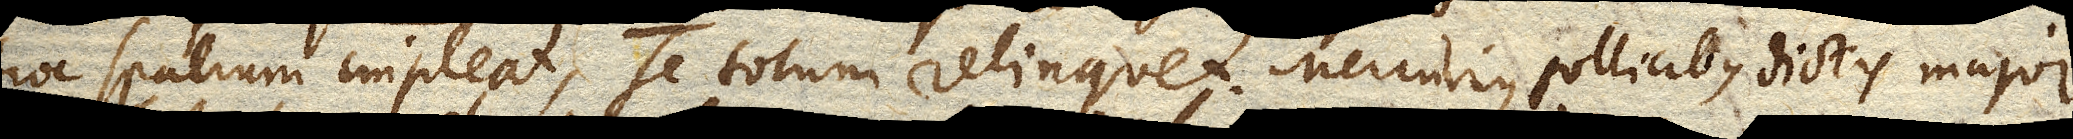
hoc spatium impleat, se totum relinquet. Mercurius pollicibus dictis major